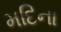
મદિના